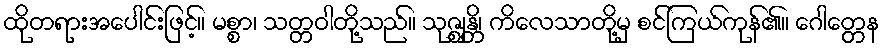
ထိုတရားအပေါင်းဖြင့်။ မစ္စာ၊ သတ္တဝါတို့သည်။ သုဇ္ဈန္တိ၊ ကိလေသာတို့မှ စင်ကြယ်ကုန်၏။ ဂေါတ္တေန